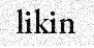
likin